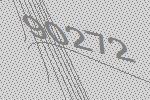
90272